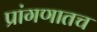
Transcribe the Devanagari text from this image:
प्रांगणातच